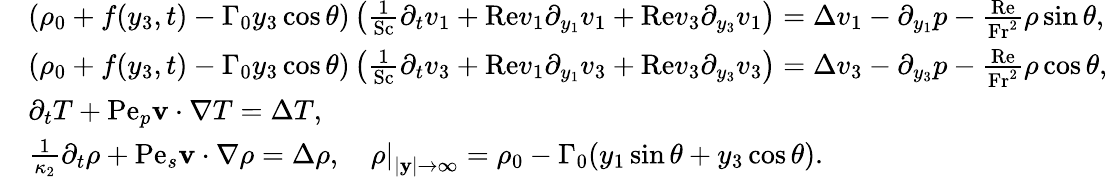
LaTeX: \begin{array}{rl}&{\left(\rho_{0}+f(y_{3},t)-\Gamma_{0}y_{3}\cos\theta\right)\left(\frac{1}{\mathrm{Sc}}\partial_{t}v_{1}+\mathrm{Re}v_{1}\partial_{y_{1}}v_{1}+\mathrm{Re}v_{3}\partial_{y_{3}}v_{1}\right)=\Delta v_{1}-\partial_{y_{1}}p-\frac{\mathrm{Re}}{\mathrm{Fr^{2}}}\rho\sin\theta,}\\ &{\left(\rho_{0}+f(y_{3},t)-\Gamma_{0}y_{3}\cos\theta\right)\left(\frac{1}{\mathrm{Sc}}\partial_{t}v_{3}+\mathrm{Re}v_{1}\partial_{y_{1}}v_{3}+\mathrm{Re}v_{3}\partial_{y_{3}}v_{3}\right)=\Delta v_{3}-\partial_{y_{3}}p-\frac{\mathrm{Re}}{\mathrm{Fr^{2}}}\rho\cos\theta,}\\ &{\partial_{t}T+\mathrm{Pe}_{p}\mathbf{v}\cdot\nabla T=\Delta T,}\\ &{\frac{1}{\kappa_{2}}\partial_{t}\rho+\mathrm{Pe}_{s}\mathbf{v}\cdot\nabla\rho=\Delta\rho,\quad\left.\rho\right|_{|\mathbf{y}|\rightarrow\infty}=\rho_{0}-\Gamma_{0}(y_{1}\sin\theta+y_{3}\cos\theta).}\end{array}